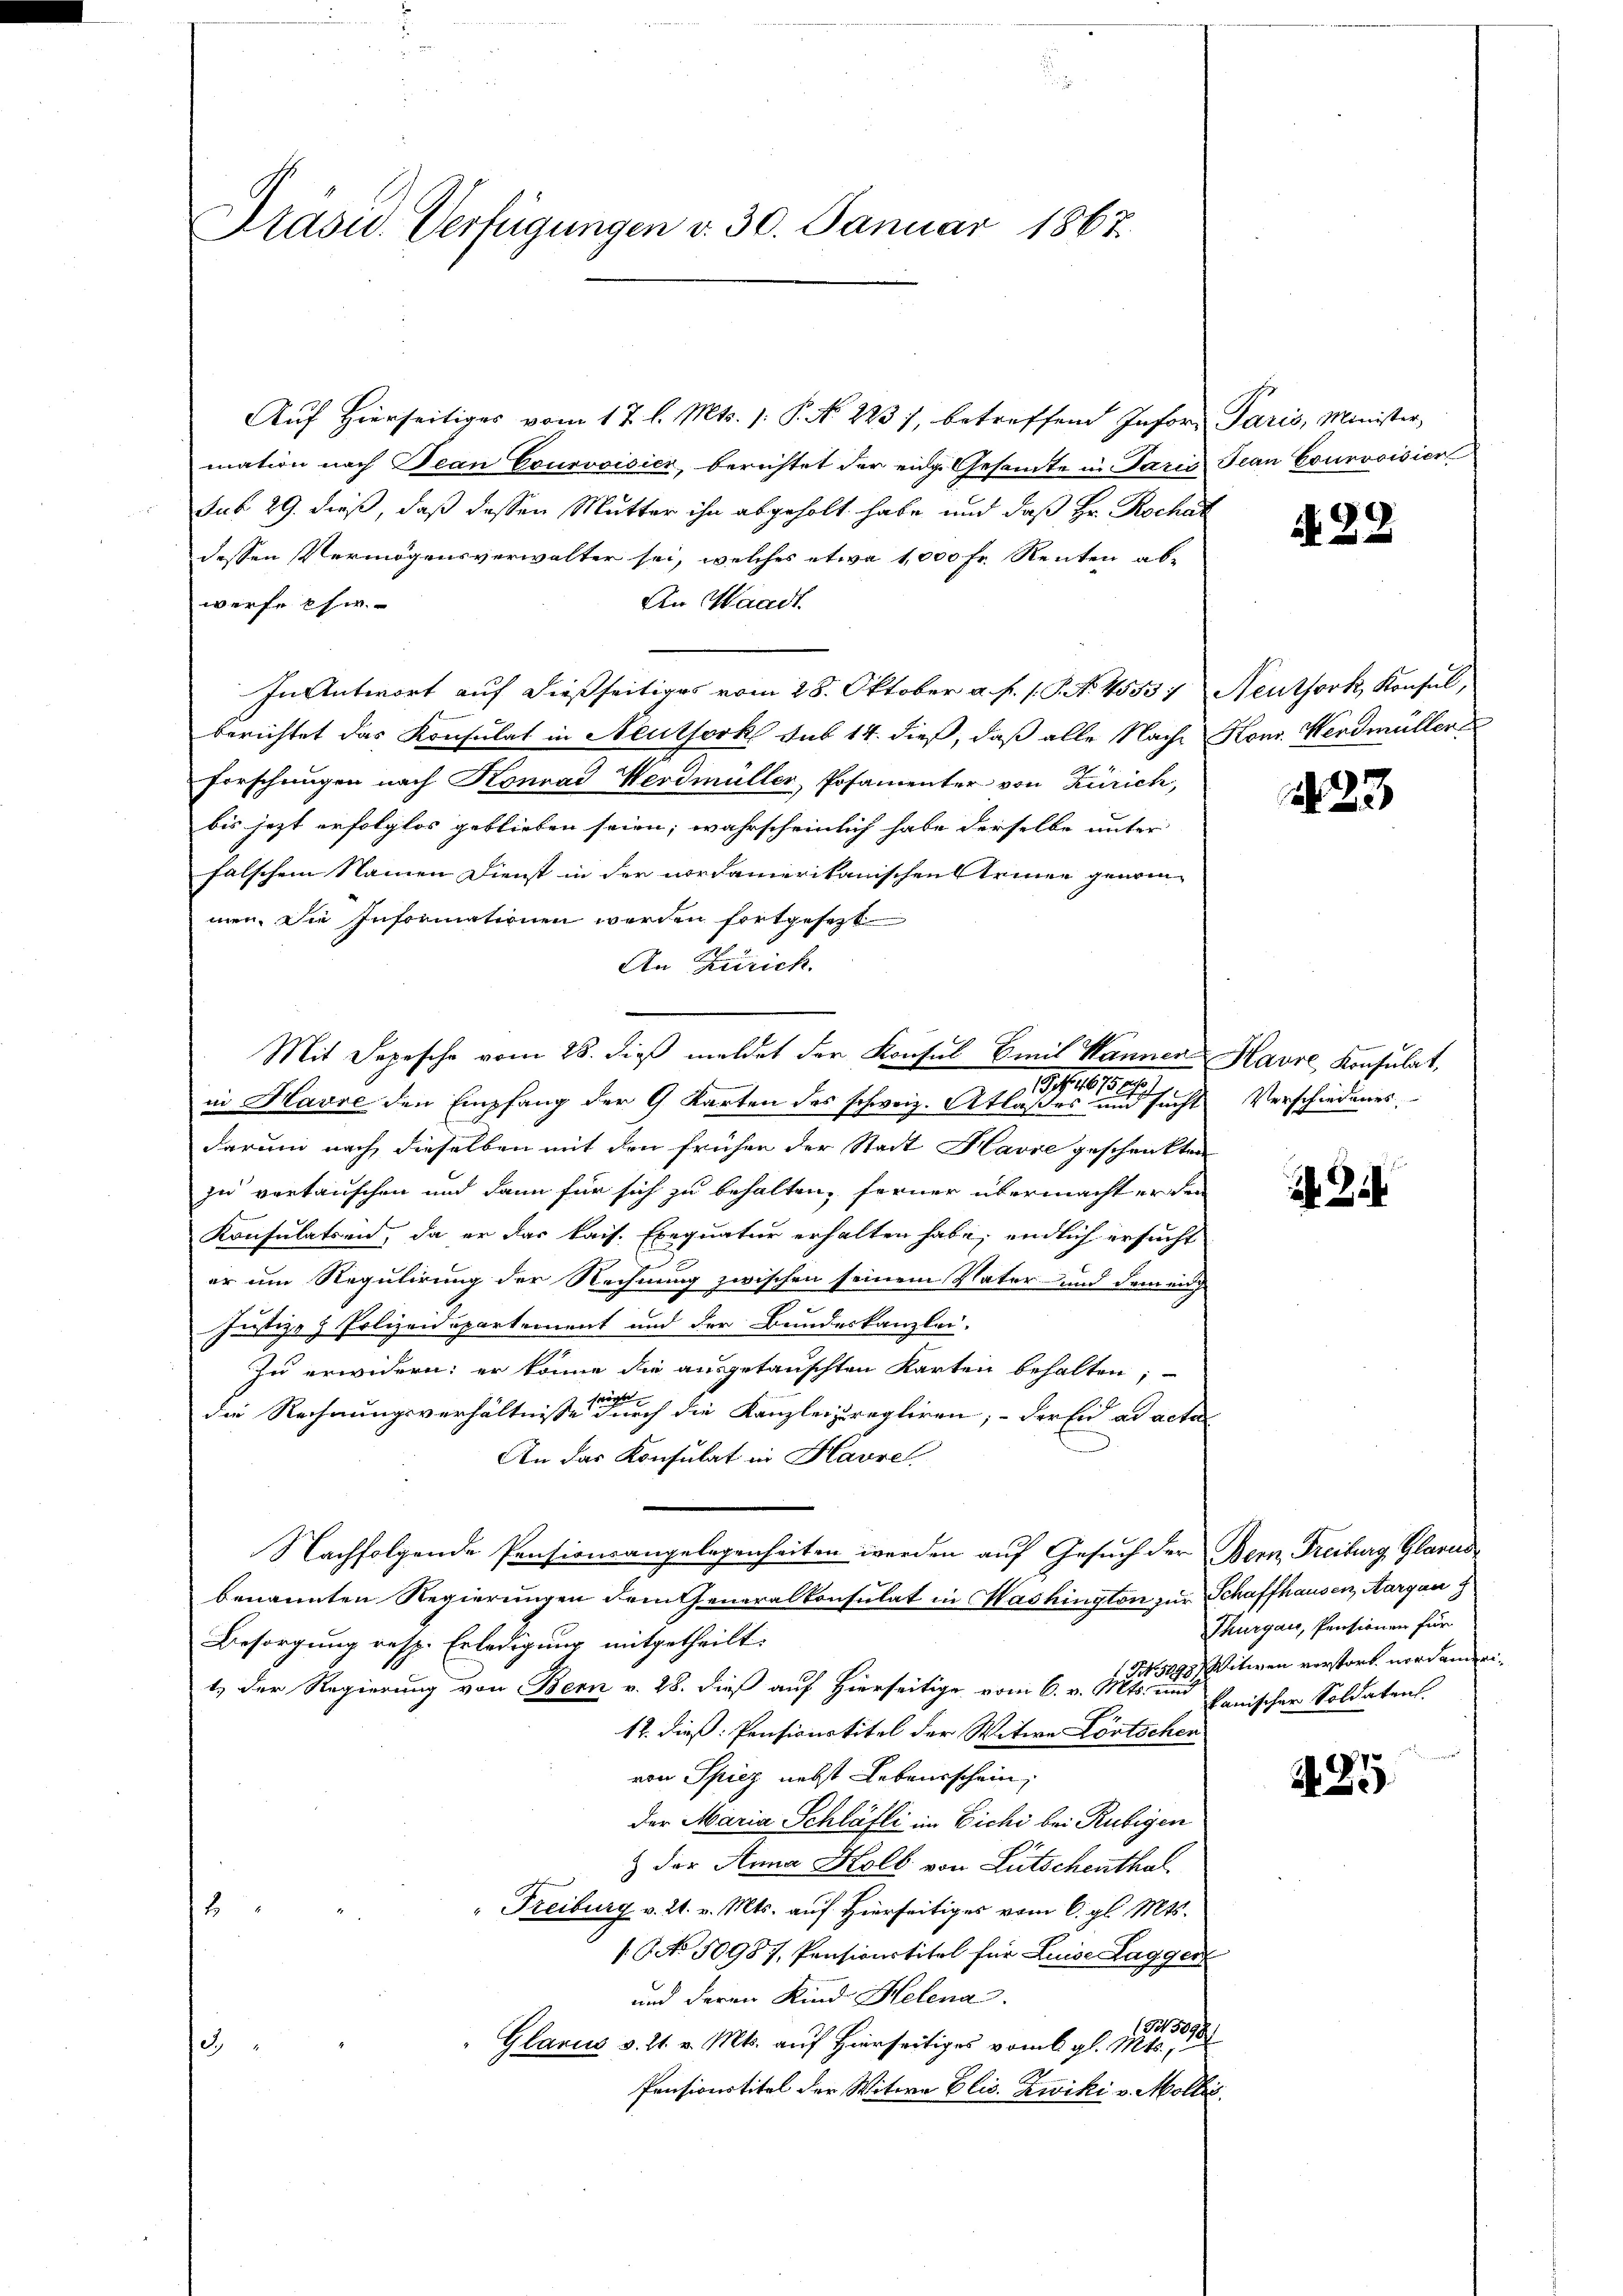
Präsid.. Verfügungen v. 30. Januar 1867.

Auf Hierseitiges vom 17. l. Mts. 1. P. No. 2237, betreffend Inforn Paris, Minister,
mation nach Jean Courvoisier, berichtet der eidg. Gesamte in Paris Tean Courvoisier
sub 29. dieß, daß dessen Mutter ihn abgeholt habe und daß Hr. Rochat
dessen Vermögensverwalter sei, welches etwa 1,000 Fr. Renten ab-
An Waadt.
werfe hier
In Antwort auf dießseitiges vom 28. Oktober a. f. s. S. No. 4553, Neuthork, Konsul,
berichtet das Konsulat in Neuthork sub 14. dieß, daß alle Nach-Kons. Werdmüller
forschungen nach Konrad Werdmüller, Posamenter von Zürich,
bis jezt erfolglos geblieben seien; wahrscheinlich habe derselbe unter
falschen Namen Dienst in der nordamerikanischen trinner genommen. Die Informationen werden fortgesezt
An Zirich.
Mit Depesche vom 28. dieß meldet der Konsul Emil Mannen Havre Konsulat,
in Havre den Empfang der 9 Karten des schweiz. Atlaßes und sucht Verschiedenes
darum nach dieselben mit den frühen der Stadt Havre geschenkten
zu vertauschen und dann für sich zu behalten, ferner übermacht er den
Konsulatern, da er das kais. Exequatuor erhalten habe, endlich ersucht
er um Regulirung der Rechnung zwischen seinem Vater- und demen
Justiz- & Polizeidepartement und der Bundeskanzlei-
zu erwidern; er könne die ausgetauschten Karten behalten;
die Rechnungsverhältnisse durch die Kanzleizuregliren; - der Eid ad acta
An das Konsulat in Havre
Nachfolgende Pensionsangelegenheiten werden auf Gesuch der Bern, Freiburg Glarus
benannten Regierungen dem Generalkonsulat in Washington zur Schaffhausen, Aargau 2
Besorgung resp. Erledigung mitgetheilt.
1.) Der Regierung von Bern v. 28. dieß auf Hierseitige vom 6. v. Mts. und Panischer Soldaten.
12. dieß: Pensionstitel der Witwe Fortschen
von Spiez nebst Lebensschein,
der Maria Schläfli im Eichi bei Rubigen
& der Anna Kolb von Lütschenthal
" Freiburg v. 21. v. Mts. auf Hierseitiges vom 6. gl. Mts.
e
/ NNo. 50987, Pensionstitel für Luise Laggen
und deren Kind Helena.
13.
3
Glarus v. 21. v. Mts. auf Hierseitiges vom 6. gl. Mts.,
.
Pensionstitel der Witwe Elis. Zwiki v. Mollis

d
1018 1910.

N 22

123

32

Thurgau, Pensionen für
Tit. 1498) Witwen verstört nordameri¬

A 85